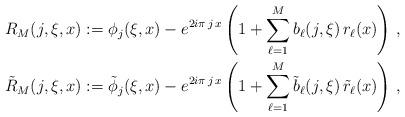
LaTeX: \begin{align*}R_M(j,\xi,x)&:=\phi_j(\xi,x)-e^{2i\pi\,j\,x}\left(1+\sum_{\ell=1}^{M}b_\ell(j,\xi)\,r_\ell(x)\right)\,,\\\tilde{R}_M(j,\xi,x)&:=\tilde{\phi}_j(\xi,x)-e^{2i\pi\,j\,x}\left(1+\sum_{\ell=1}^{M}\tilde{b}_\ell(j,\xi)\, \tilde{r}_\ell(x)\right)\,,\end{align*}